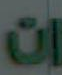
ات